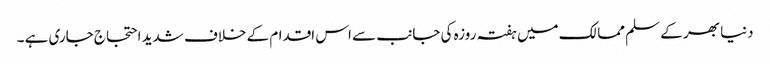
دنیا بھر کے سلم ممالک میں ہفتہ روزہ کی جانب سے اس اقدام کے خلاف شدید احتجاج جاری ہے ۔